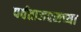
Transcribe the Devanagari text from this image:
पर्वताजवळच्या